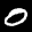
Label: 0